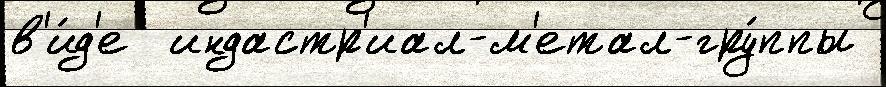
в'и́д'е  индастр'иал-м'етал-гру́ппы